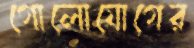
গোলোযোগের